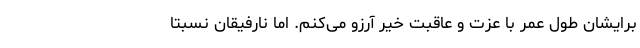
برایشان طول عمر با عزت و عاقبت خیر آرزو می‌کنم. اما نارفیقان نسبتا